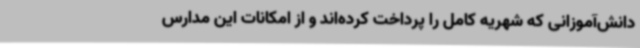
دانش‌آموزانی که شهریه کامل را پرداخت کرده‌اند و از امکانات این مدارس